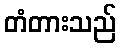
တံတားသည်